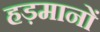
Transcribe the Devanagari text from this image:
हड़मानों